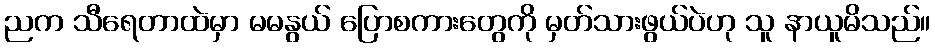
ညက သီရေတာထဲမှာ မမနွယ် ပြောစကားတွေကို မှတ်သားဖွယ်ပဲဟု သူ နာယူမိသည်။